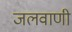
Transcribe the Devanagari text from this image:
जलवाणी